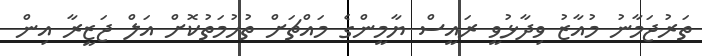
ތަރުޖަމާނު މުއާޒު ވިދާޅުވީ ރައީސް ޔާމީންގެ މައްޗަށް ތުހުމަތުކޮށް އަލް ޖަޒީރާ އިން